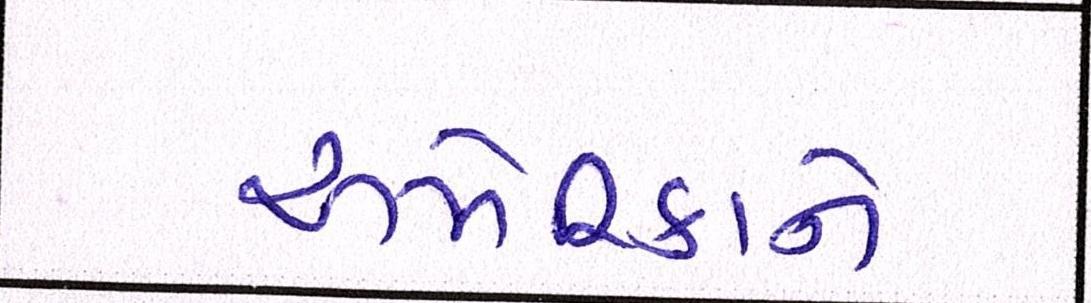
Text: અમેરિકાને